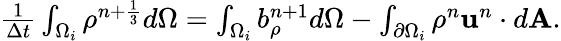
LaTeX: \begin{array}{r}{\frac{1}{\Delta t}\int_{\Omega_{i}}{\rho}^{n+\frac{1}{3}}d\Omega=\int_{\Omega_{i}}b_{\rho}^{n+1}d\Omega-\int_{\partial\Omega_{i}}\rho^{n}\mathbf u^{n}\cdot d\textbf{A}.}\end{array}